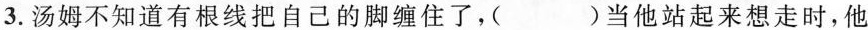
3.汤姆不知道有根线把自己的脚缠住了，( )当他站起来想走时，他